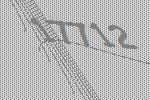
17712